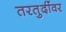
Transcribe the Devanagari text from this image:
तरतुदींवर